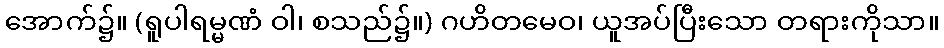
အောက်၌။ (ရူပါရမ္မဏံ ဝါ၊ စသည်၌။) ဂဟိတမေဝ၊ ယူအပ်ပြီးသော တရားကိုသာ။